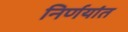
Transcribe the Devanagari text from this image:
निर्णयांत